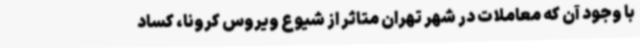
با وجود آن که معاملات در شهر تهران متاثر از شیوع ویروس کرونا، کساد